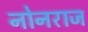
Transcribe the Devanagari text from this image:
नोनराज